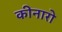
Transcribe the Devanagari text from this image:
कीनारो